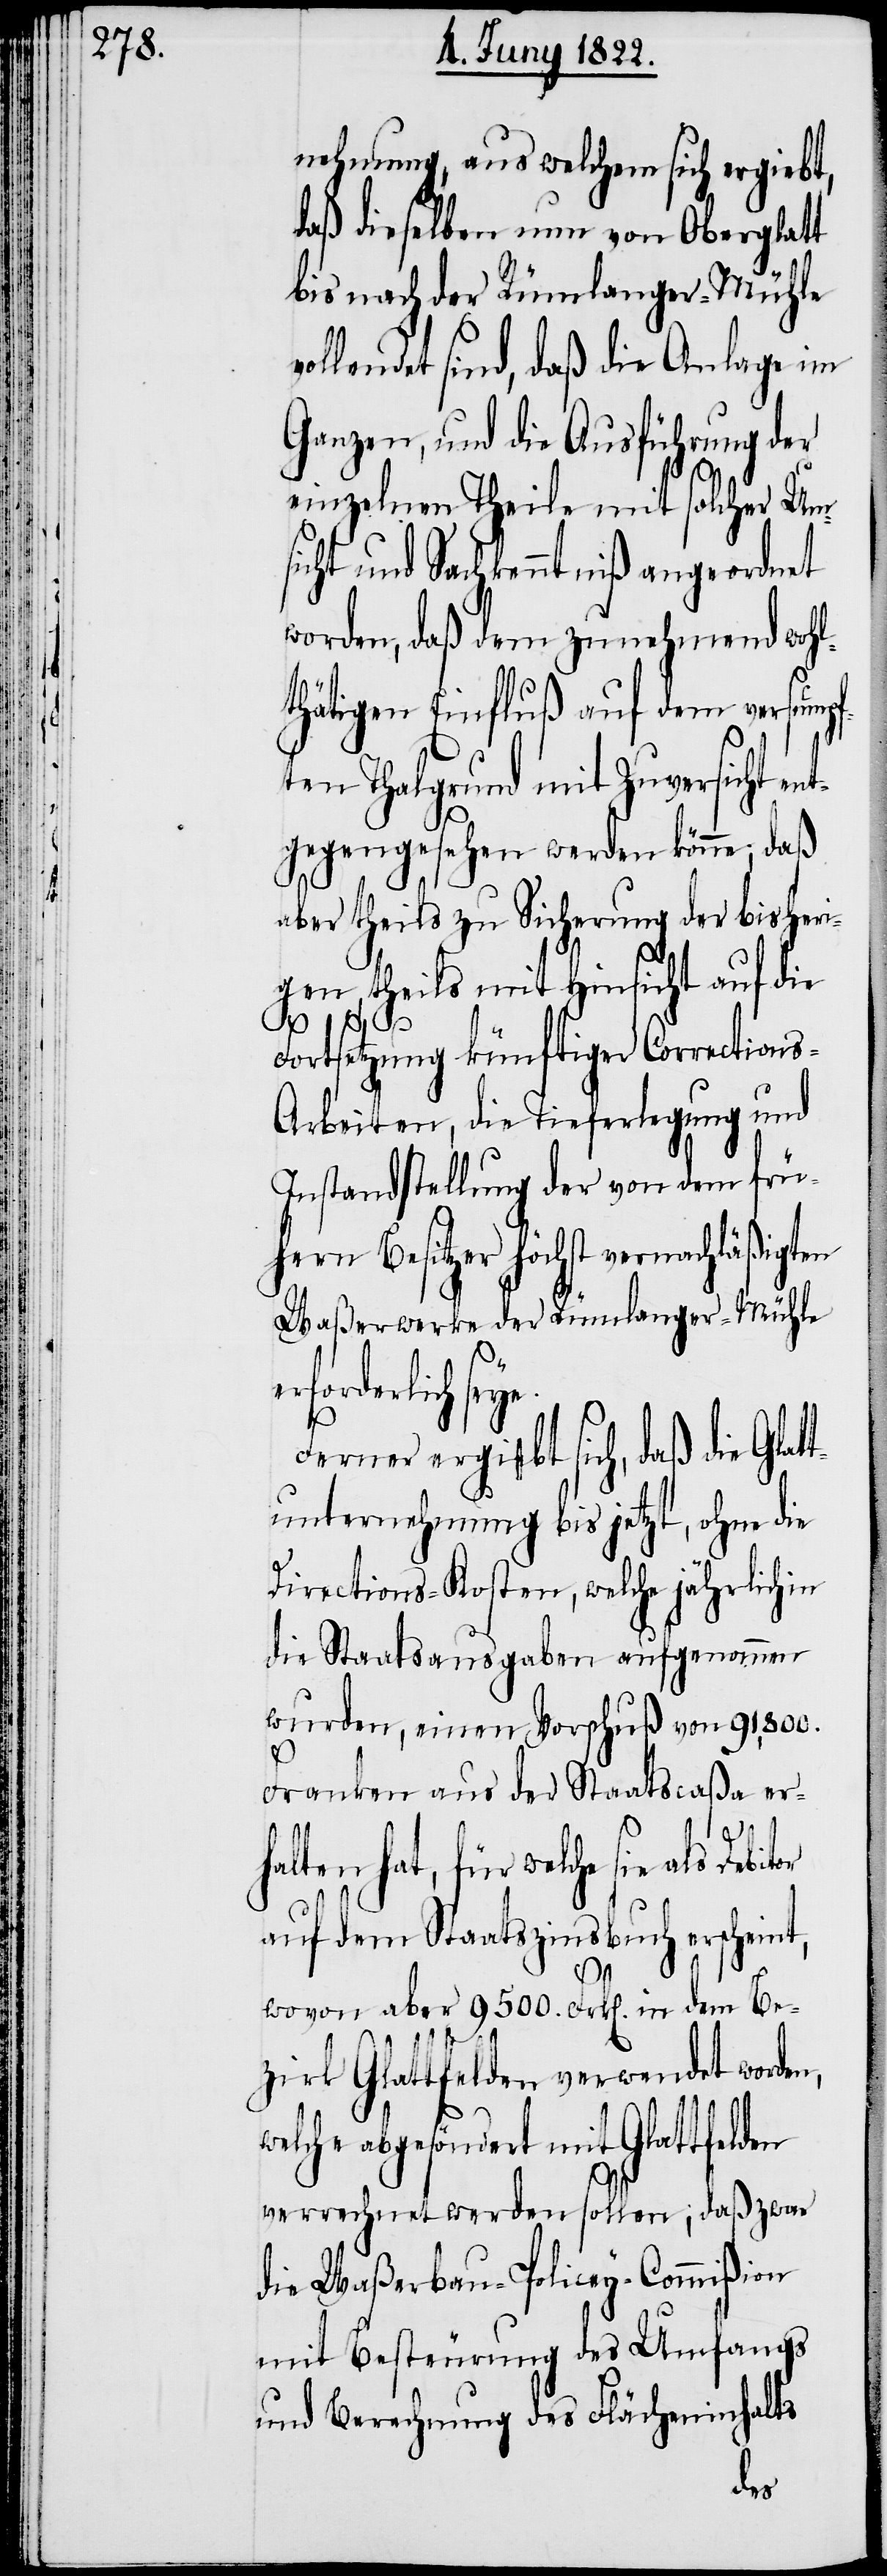
nehmung, aus welchem sich ergiebt,
daß dieselben nun von Oberglatt
bis nach der Rümlanger-Mühle
sind, daß die Anlage im
Ganzen, und die Ausführung der
einzelnen Theile mit solcher Um¬
sicht und Sachkenntniß angeordnet
worden, daß dem zunehmend wohl¬
thätigen Einfluß auf dem versumpf¬
ten Thalgrund mit Zuversicht e¬
ntgegengesehen werden könne; daß
aber theils zu Sicherung der bisheri¬
gen, theils mit Hinsicht auf die
Fortsetzung künftiger Corrections-A¬
rbeiten, die Tieferlegung und
Instandstellung der von dem frü¬
hern Besitzer höchst vernachläßigten
Waßerwerke der Rümlanger-Mühle
rforderlich se¬
Ferner ergibt sich, daß die Glat¬
tunternehmung bis jetzt, ohne die
Directions-Kosten, welche jährlich in
die Staatsausgaben aufgenommen
wurden, einen Vorschuß von 91,800.
or
Franken aus der Staatscaßa er¬
w¬
halten hat, für welche sie als Debit¬
auf dem Staatszinsbuch erscheint,
wovon aber 9500. Frk[en]. in dem Be¬
zirk Glattfelden verwendet worden,
elche abgesöndert mit Glattfel¬
verrechnet werden sollen; daß zwar
die Waßerbau-Policey-Commißion
mit Besteuerung des Umfangs
und Berechnung des Flächeninhalts
den